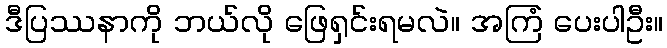
ဒီပြဿနာကို ဘယ်လို ဖြေရှင်းရမလဲ။ အကြံ ပေးပါဦး။